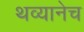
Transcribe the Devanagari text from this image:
थव्यानेच